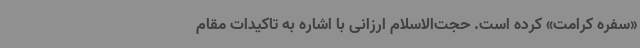
«سفره کرامت» کرده است. حجت‌الاسلام ارزانی با اشاره به تاکیدات مقام